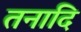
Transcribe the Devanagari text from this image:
तनादि